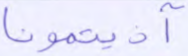
آذيتمونا